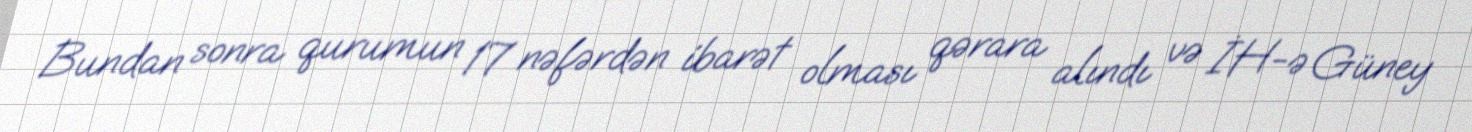
Bundan sonra qurumun 17 nəfərdən ibarət olması qərara alındı və İH-ə Güney